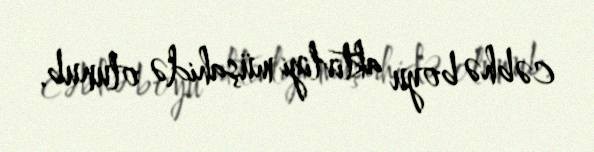
cəbhə boyu aktivliyi müşahidə olunub.